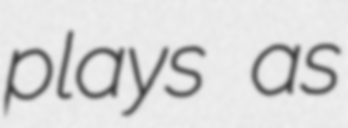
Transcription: plays as